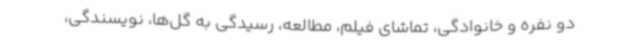
دو نفره و خانوادگی، تماشای فیلم، مطالعه، رسیدگی به گل‌ها، نویسندگی،